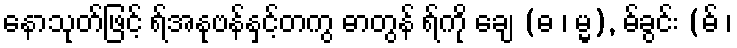
နောသုတ်ဖြင့် ရ်အနုဗန်နှင့်တကွ ဓာတွန် ရ်ကို ချေ (ဓ ၊ မ္မ), ဓ်ခွင်း (ဓ် ၊